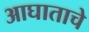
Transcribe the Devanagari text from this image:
आघाताचे